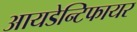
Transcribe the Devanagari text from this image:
आयडेन्टिफायर